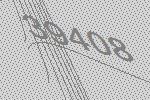
39408